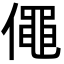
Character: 僶